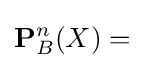
\mathbf {P} _{B}^{n}(X)=